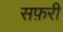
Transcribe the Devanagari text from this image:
सफ़री